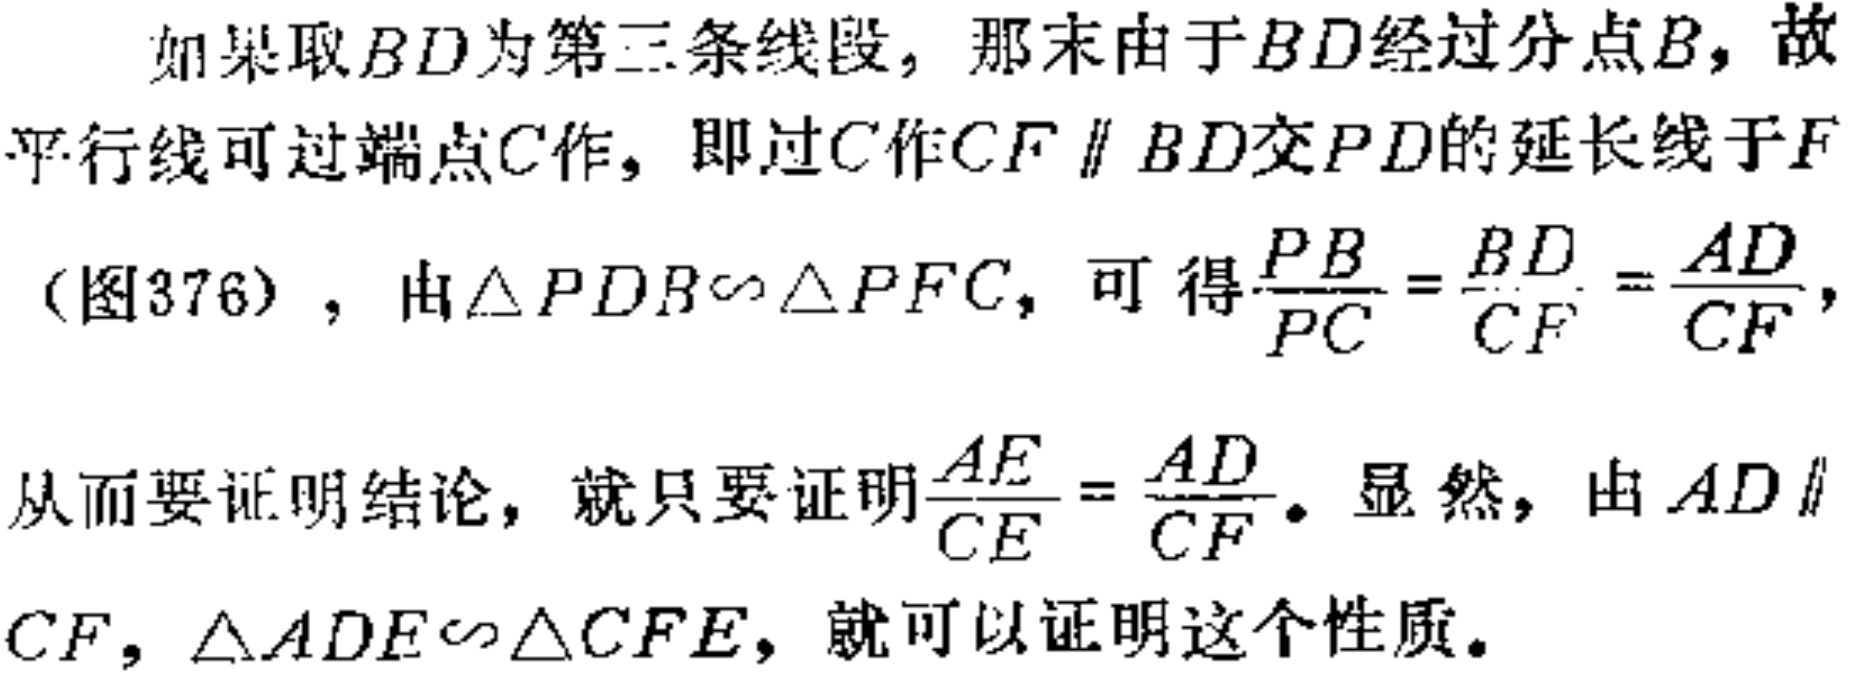
如果取\(BD\)为第三条线段，那末由于\(BD\)经过分点\(B\)，故
平行线可过端点\(C\)作，即过\(C\)作\(CF \parallel BD\)交\(PD\)的延长线于\(F\)
（图376），由\(\triangle PDB\sim\triangle PFC\)，可得\(\frac{PB}{PC}=\frac{BD}{CF}=\frac{AD}{CF}\)，
从而要证明结论，就只要证明\(\frac{AE}{CE}=\frac{AD}{CF}\)。显然，由\(AD \parallel\)
\(CF\)，\(\triangle ADE\sim\triangle CFE\)，就可以证明这个性质。